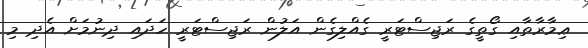
ޢިމާރާތާއި ގޯތީގެ ރަޖިސްޓަރީ ގެއްލިގެން އަލުން ރަޖިސްޓަރީ ހަދައި ދިނުމަށް އެދި މި